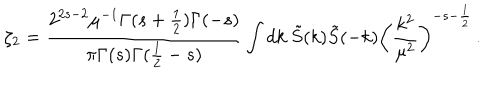
\zeta _ { 2 } = \frac { 2 ^ { 2 s - 2 } \mu ^ { - 1 } \Gamma ( s + \frac { 1 } { 2 } ) \Gamma ( - s ) } { \pi \Gamma ( s ) \Gamma ( \frac 1 2 - s ) } \int d k \ \tilde { S } ( k ) \tilde { S } ( - k ) \left( \frac { k ^ { 2 } } { \mu ^ { 2 } } \right) ^ { - s - \frac { 1 } { 2 } } \, .